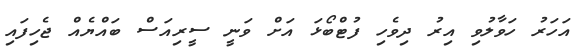
އަހަރު ހަވާލުވި އިރު ދިވެހި ފުޓްބޯޅަ އަށް ވަނީ ސީރިއަސް ބައްޔެއް ޖެހިފައި